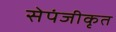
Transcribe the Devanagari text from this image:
सेपंजीकृत